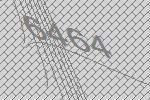
6464